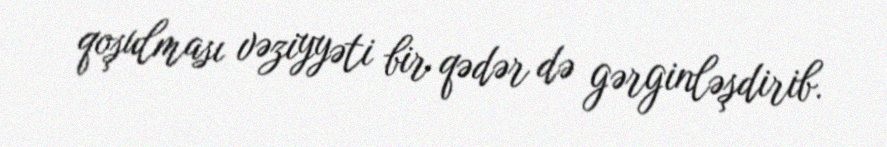
qoşulması vəziyyəti bir qədər də gərginləşdirib.